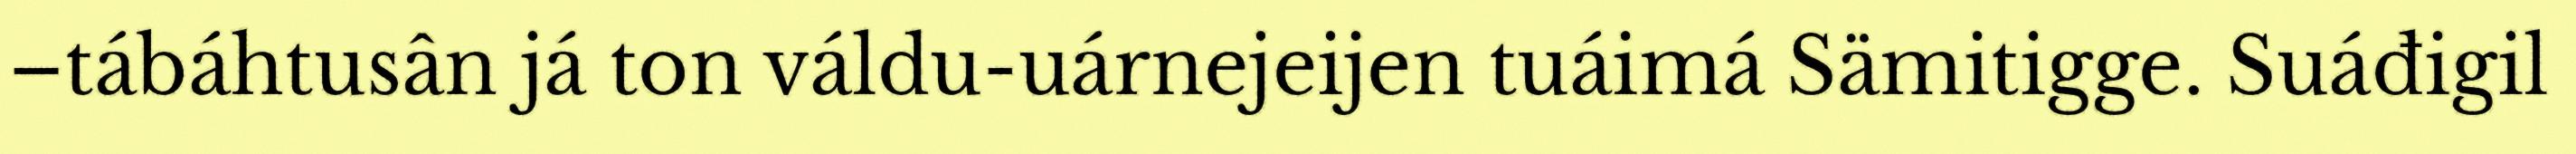
–tábáhtusân já ton váldu-uárnejeijen tuáimá Sämitigge. Suáđigil